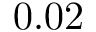
0 . 0 2